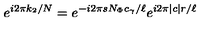
e ^ { i 2 \pi k _ { 2 } / N } = e ^ { - i 2 \pi s N _ { \Phi } c _ { \gamma } / \ell } e ^ { i 2 \pi \mid c \mid r / \ell }